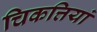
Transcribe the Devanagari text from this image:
चिकत्तियां